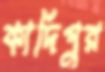
কাদিপুর